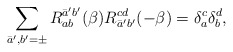
\begin{align*}\sum_{\bar a', b' = \pm} R_{ab}^{\bar a' b'} ( \beta) R_{\bar a' b'}^{cd} ( - \beta) = \delta_a^c \delta_b^d,\end{align*}